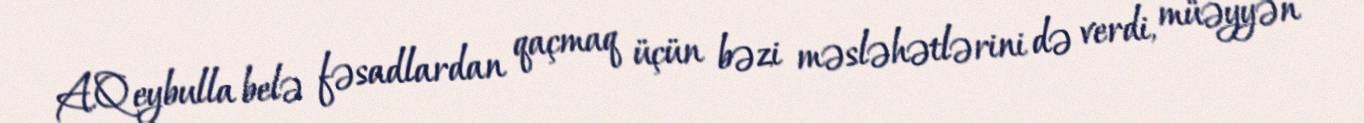
A.Qeybulla belə fəsadlardan qaçmaq üçün bəzi məsləhətlərini də verdi, müəyyən